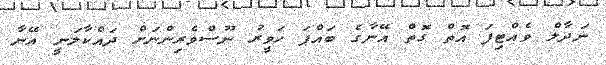
ނަދާލް ވެއްޓިފަ އޮތް ގޮތް އޭނާގެ ބައްޕަ ހަވީރު ނޫސްވެރިންނަށް ދައްކާލަނީ އޭނާ